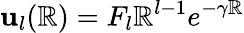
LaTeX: \mathbf{u}_{l}(\mathbb{R})=F_{l}\mathbb{R}^{l-1}e^{-\gamma\mathbb{R}}